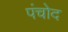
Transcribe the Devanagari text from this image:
पंचोद